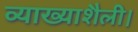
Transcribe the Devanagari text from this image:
व्याख्याशैली।